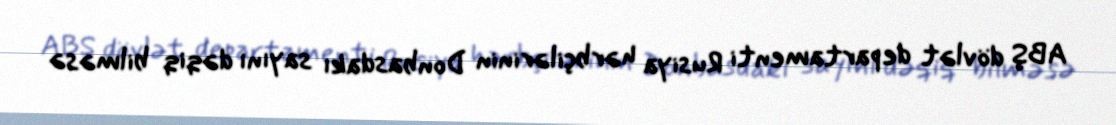
ABŞ dövlət departamenti Rusiya hərbçilərinin Donbasdakı sayını dəqiq bilməsə